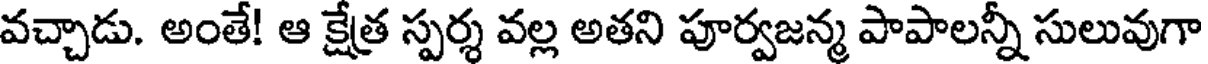
వచ్చాడు. అంతే! ఆ క్షేత్ర స్పర్శ వల్ల అతని పూర్వజన్మ పాపాలన్నీ సులువుగా